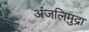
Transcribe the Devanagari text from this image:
अंजलिमुद्रा